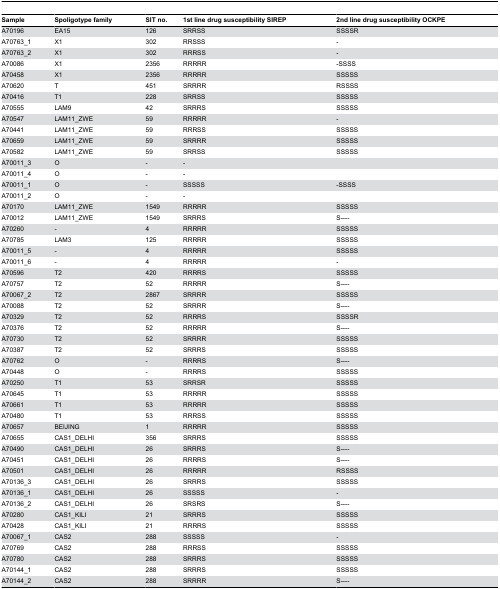
<table><thead><tr><td><b>Sample</b></td><td><b>Spoligotype family</b></td><td><b>SIT no.</b></td><td><b>1st line drug susceptibility SIREP</b></td><td><b>2nd line drug susceptibility OCKPE</b></td></tr></thead><tbody><tr><td>A70196</td><td>EA15</td><td>126</td><td>SRRSS</td><td>SSSSR</td></tr><tr><td>A70763_1</td><td>X1</td><td>302</td><td>RRSSS</td><td>-</td></tr><tr><td>A70763_2</td><td>X1</td><td>302</td><td>RRRSS</td><td>-</td></tr><tr><td>A70086</td><td>X1</td><td>2356</td><td>RRRRR</td><td>-SSSS</td></tr><tr><td>A70458</td><td>X1</td><td>2356</td><td>RRRRR</td><td>SSSSS</td></tr><tr><td>A70620</td><td>T</td><td>451</td><td>SRRRR</td><td>RSSSS</td></tr><tr><td>A70416</td><td>T1</td><td>228</td><td>SRRSS</td><td>SSSSS</td></tr><tr><td>A70555</td><td>LAM9</td><td>42</td><td>SRRRS</td><td>SSSSS</td></tr><tr><td>A70547</td><td>LAM11_ZWE</td><td>59</td><td>RRRRR</td><td>-</td></tr><tr><td>A70441</td><td>LAM11_ZWE</td><td>59</td><td>RRRSS</td><td>SSSSS</td></tr><tr><td>A70659</td><td>LAM11_ZWE</td><td>59</td><td>SRRRR</td><td>SSSSS</td></tr><tr><td>A70582</td><td>LAM11_ZWE</td><td>59</td><td>SRRSS</td><td>SSSSS</td></tr><tr><td>A70011_3</td><td>O</td><td>-</td><td>-</td><td></td></tr><tr><td>A70011_4</td><td>O</td><td>-</td><td>-</td><td></td></tr><tr><td>A70011_1</td><td>O</td><td>-</td><td>SSSSS</td><td>-SSSS</td></tr><tr><td>A70011_2</td><td>O</td><td>-</td><td>-</td><td></td></tr><tr><td>A70170</td><td>LAM11_ZWE</td><td>1549</td><td>RRRRR</td><td>SSSSS</td></tr><tr><td>A70012</td><td>LAM11_ZWE</td><td>1549</td><td>SRRRS</td><td>S----</td></tr><tr><td>A70260</td><td>-</td><td>4</td><td>RRRRR</td><td>SSSSS</td></tr><tr><td>A70785</td><td>LAM3</td><td>125</td><td>RRRRR</td><td>SSSSS</td></tr><tr><td>A70011_5</td><td>-</td><td>4</td><td>RRRRR</td><td>SSSSS</td></tr><tr><td>A70011_6</td><td>-</td><td>4</td><td>RRRRR</td><td>-</td></tr><tr><td>A70596</td><td>T2</td><td>420</td><td>RRRRS</td><td>SSSSS</td></tr><tr><td>A70757</td><td>T2</td><td>52</td><td>RRRRR</td><td>S----</td></tr><tr><td>A70067_2</td><td>T2</td><td>2867</td><td>SRRRR</td><td>SSSSS</td></tr><tr><td>A70088</td><td>T2</td><td>52</td><td>SRRRR</td><td>S----</td></tr><tr><td>A70329</td><td>T2</td><td>52</td><td>RRRRS</td><td>SSSSR</td></tr><tr><td>A70376</td><td>T2</td><td>52</td><td>RRRRR</td><td>S----</td></tr><tr><td>A70730</td><td>T2</td><td>52</td><td>SRRRR</td><td>SSSSS</td></tr><tr><td>A70387</td><td>T2</td><td>52</td><td>SRRRS</td><td>SSSSS</td></tr><tr><td>A70762</td><td>O</td><td>-</td><td>RRRRS</td><td>S----</td></tr><tr><td>A70448</td><td>O</td><td>-</td><td>RRRRS</td><td>SSSSS</td></tr><tr><td>A70250</td><td>T1</td><td>53</td><td>SRRSR</td><td>SSSSS</td></tr><tr><td>A70645</td><td>T1</td><td>53</td><td>RRRRR</td><td>SSSSS</td></tr><tr><td>A70661</td><td>T1</td><td>53</td><td>RRRRR</td><td>SSSSS</td></tr><tr><td>A70480</td><td>T1</td><td>53</td><td>RRRSS</td><td>SSSSS</td></tr><tr><td>A70657</td><td>BEIJING</td><td>1</td><td>RRRRR</td><td>SSSSS</td></tr><tr><td>A70655</td><td>CAS1_DELHI</td><td>356</td><td>SRRRS</td><td>SSSSS</td></tr><tr><td>A70490</td><td>CAS1_DELHI</td><td>26</td><td>SRRRS</td><td>S----</td></tr><tr><td>A70451</td><td>CAS1_DELHI</td><td>26</td><td>RRRRS</td><td>S----</td></tr><tr><td>A70501</td><td>CAS1_DELHI</td><td>26</td><td>RRRRR</td><td>RSSSS</td></tr><tr><td>A70136_3</td><td>CAS1_DELHI</td><td>26</td><td>SRRRS</td><td>SSSSS</td></tr><tr><td>A70136_1</td><td>CAS1_DELHI</td><td>26</td><td>SSSSS</td><td>-</td></tr><tr><td>A70136_2</td><td>CAS1_DELHI</td><td>26</td><td>SRSRS</td><td>S----</td></tr><tr><td>A70280</td><td>CAS1_KILI</td><td>21</td><td>SRRRS</td><td>SSSSS</td></tr><tr><td>A70428</td><td>CAS1_KILI</td><td>21</td><td>RRRRS</td><td>SSSSS</td></tr><tr><td>A70067_1</td><td>CAS2</td><td>288</td><td>SSSSS</td><td>-</td></tr><tr><td>A70769</td><td>CAS2</td><td>288</td><td>RRRSS</td><td>SSSSS</td></tr><tr><td>A70780</td><td>CAS2</td><td>288</td><td>SRRRS</td><td>SSSSS</td></tr><tr><td>A70144_1</td><td>CAS2</td><td>288</td><td>SRRRS</td><td>SSSSS</td></tr><tr><td>A70144_2</td><td>CAS2</td><td>288</td><td>SRRRR</td><td>S----</td></tr></tbody></table>